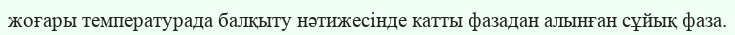
жоғары температурада балқыту нәтижесінде катты фазадан алынған сұйық фаза.